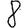
Digit: 8